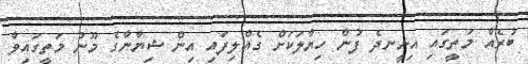
ބުރެއް މަތީގައި އިށީނދެ ފުން ހިޔާލަކަށް ގެއްލިފައި އިން ޝިޔާނާގެ މޫނު މަތީގައިވާ